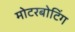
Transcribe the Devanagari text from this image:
मोटरबोटिंग